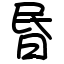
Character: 昬